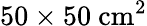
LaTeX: \mathrm{50\times 50~cm^{2}}